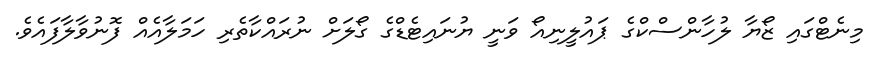
މިނެޓްގައި ޒޯޔާ ލުހާންސްކްގެ ޕައުލީނިއޯ ވަނީ ޔުނައިޓެޑްގެ ގޯލަށް ނުރައްކާތެރި ހަމަލާއެއް ފޮނުވާލާފައެވެ.